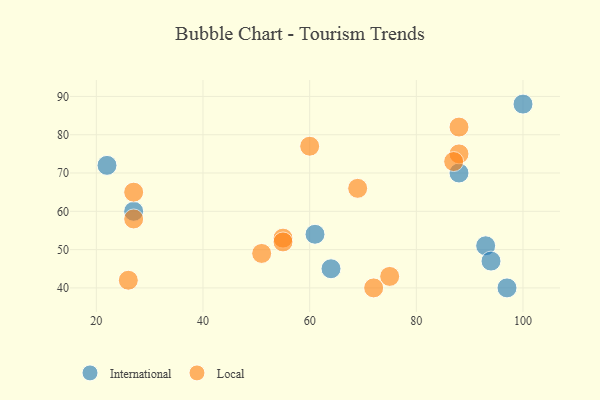
{"axis": {"x": "GDP", "y": "Life Expectancy"}, "legend": ["International", "Local"], "data": [{"x": "88", "y": 70, "type": "International"}, {"x": "100", "y": 88, "type": "International"}, {"x": "97", "y": 40, "type": "International"}, {"x": "93", "y": 51, "type": "International"}, {"x": "61", "y": 54, "type": "International"}, {"x": "27", "y": 60, "type": "International"}, {"x": "94", "y": 47, "type": "International"}, {"x": "64", "y": 45, "type": "International"}, {"x": "22", "y": 72, "type": "International"}, {"x": "75", "y": 43, "type": "Local"}, {"x": "69", "y": 66, "type": "Local"}, {"x": "88", "y": 75, "type": "Local"}, {"x": "55", "y": 53, "type": "Local"}, {"x": "87", "y": 73, "type": "Local"}, {"x": "51", "y": 49, "type": "Local"}, {"x": "88", "y": 82, "type": "Local"}, {"x": "60", "y": 77, "type": "Local"}, {"x": "27", "y": 65, "type": "Local"}, {"x": "55", "y": 52, "type": "Local"}, {"x": "72", "y": 40, "type": "Local"}, {"x": "27", "y": 58, "type": "Local"}, {"x": "26", "y": 42, "type": "Local"}]}